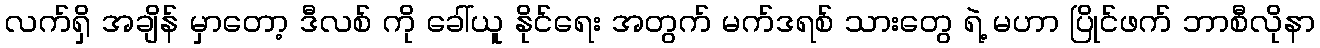
လက်ရှိ အချိန် မှာတော့ ဒီလစ် ကို ခေါ်ယူ နိုင်ရေး အတွက် မက်ဒရစ် သားတွေ ရဲ့ မဟာ ပြိုင်ဖက် ဘာစီလိုနာ